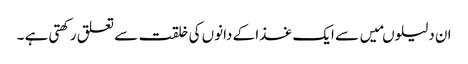
ان دلیلوںمیں سے ایک غذا کے دانوں کی خلقت سے تعلق رکھتی ہے ۔